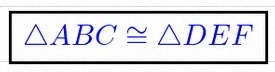
\triangle ABC\cong\triangle DEF